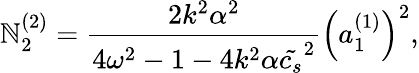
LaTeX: \mathbb{N}_{2}^{(2)}=\frac{{2k^{2}\alpha^{2}}}{{4\omega^{2}-1-4k^{2}\alpha\tilde{{c_{s}}}^{2}}}\left(a_{1}^{(1)}\right)^{2},